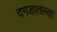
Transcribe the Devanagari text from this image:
दगडातल्या